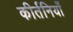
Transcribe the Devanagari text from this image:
कीर्तनियाँ